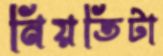
নিয়তিটা